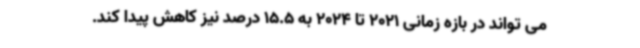
می تواند در بازه زمانی 2021 تا 2024 به 15.5 درصد نیز کاهش پیدا کند.